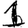
Digit: 1